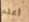
أعلم